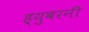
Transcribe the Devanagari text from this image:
ह्युबरनी